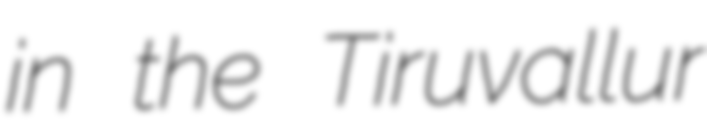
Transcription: in the Tiruvallur